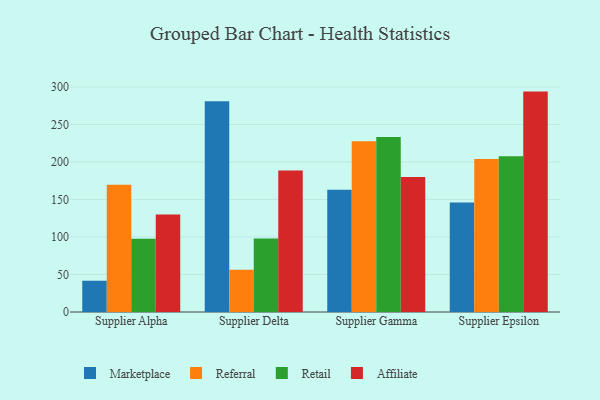
{"axis": {"x": "Supplier", "y": "Website Visitors"}, "legend": ["Affiliate", "Marketplace", "Referral", "Retail"], "data": [{"x": "Supplier Alpha", "y": 41.7, "type": "Marketplace"}, {"x": "Supplier Alpha", "y": 169.8, "type": "Referral"}, {"x": "Supplier Alpha", "y": 97.6, "type": "Retail"}, {"x": "Supplier Alpha", "y": 130.0, "type": "Affiliate"}, {"x": "Supplier Delta", "y": 280.9, "type": "Marketplace"}, {"x": "Supplier Delta", "y": 56.5, "type": "Referral"}, {"x": "Supplier Delta", "y": 98.0, "type": "Retail"}, {"x": "Supplier Delta", "y": 188.6, "type": "Affiliate"}, {"x": "Supplier Gamma", "y": 162.9, "type": "Marketplace"}, {"x": "Supplier Gamma", "y": 227.6, "type": "Referral"}, {"x": "Supplier Gamma", "y": 233.5, "type": "Retail"}, {"x": "Supplier Gamma", "y": 179.9, "type": "Affiliate"}, {"x": "Supplier Epsilon", "y": 146.0, "type": "Marketplace"}, {"x": "Supplier Epsilon", "y": 204.0, "type": "Referral"}, {"x": "Supplier Epsilon", "y": 207.7, "type": "Retail"}, {"x": "Supplier Epsilon", "y": 293.9, "type": "Affiliate"}]}